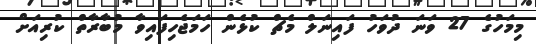
މިމަހުގެ 27 ވަނަ ދުވަހު ފައިނަލް މެޗް ކުޅެން ހަމަޖެހިފައިވާ މުބާރާތް ކުރިއަށް